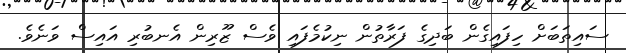
ސައިތަބަށް ހިފައިގެން ބަދިގެ ފަރާތުން ނިކުމެފައި ވެސް ޒޫރިން އެނބުރި އައިސް ވަނެވެ.